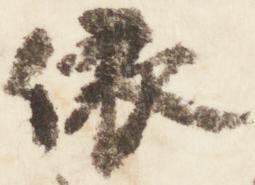
依